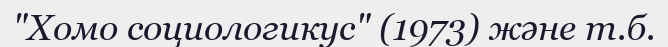
"Хомо социологикус" (1973) және т.б.